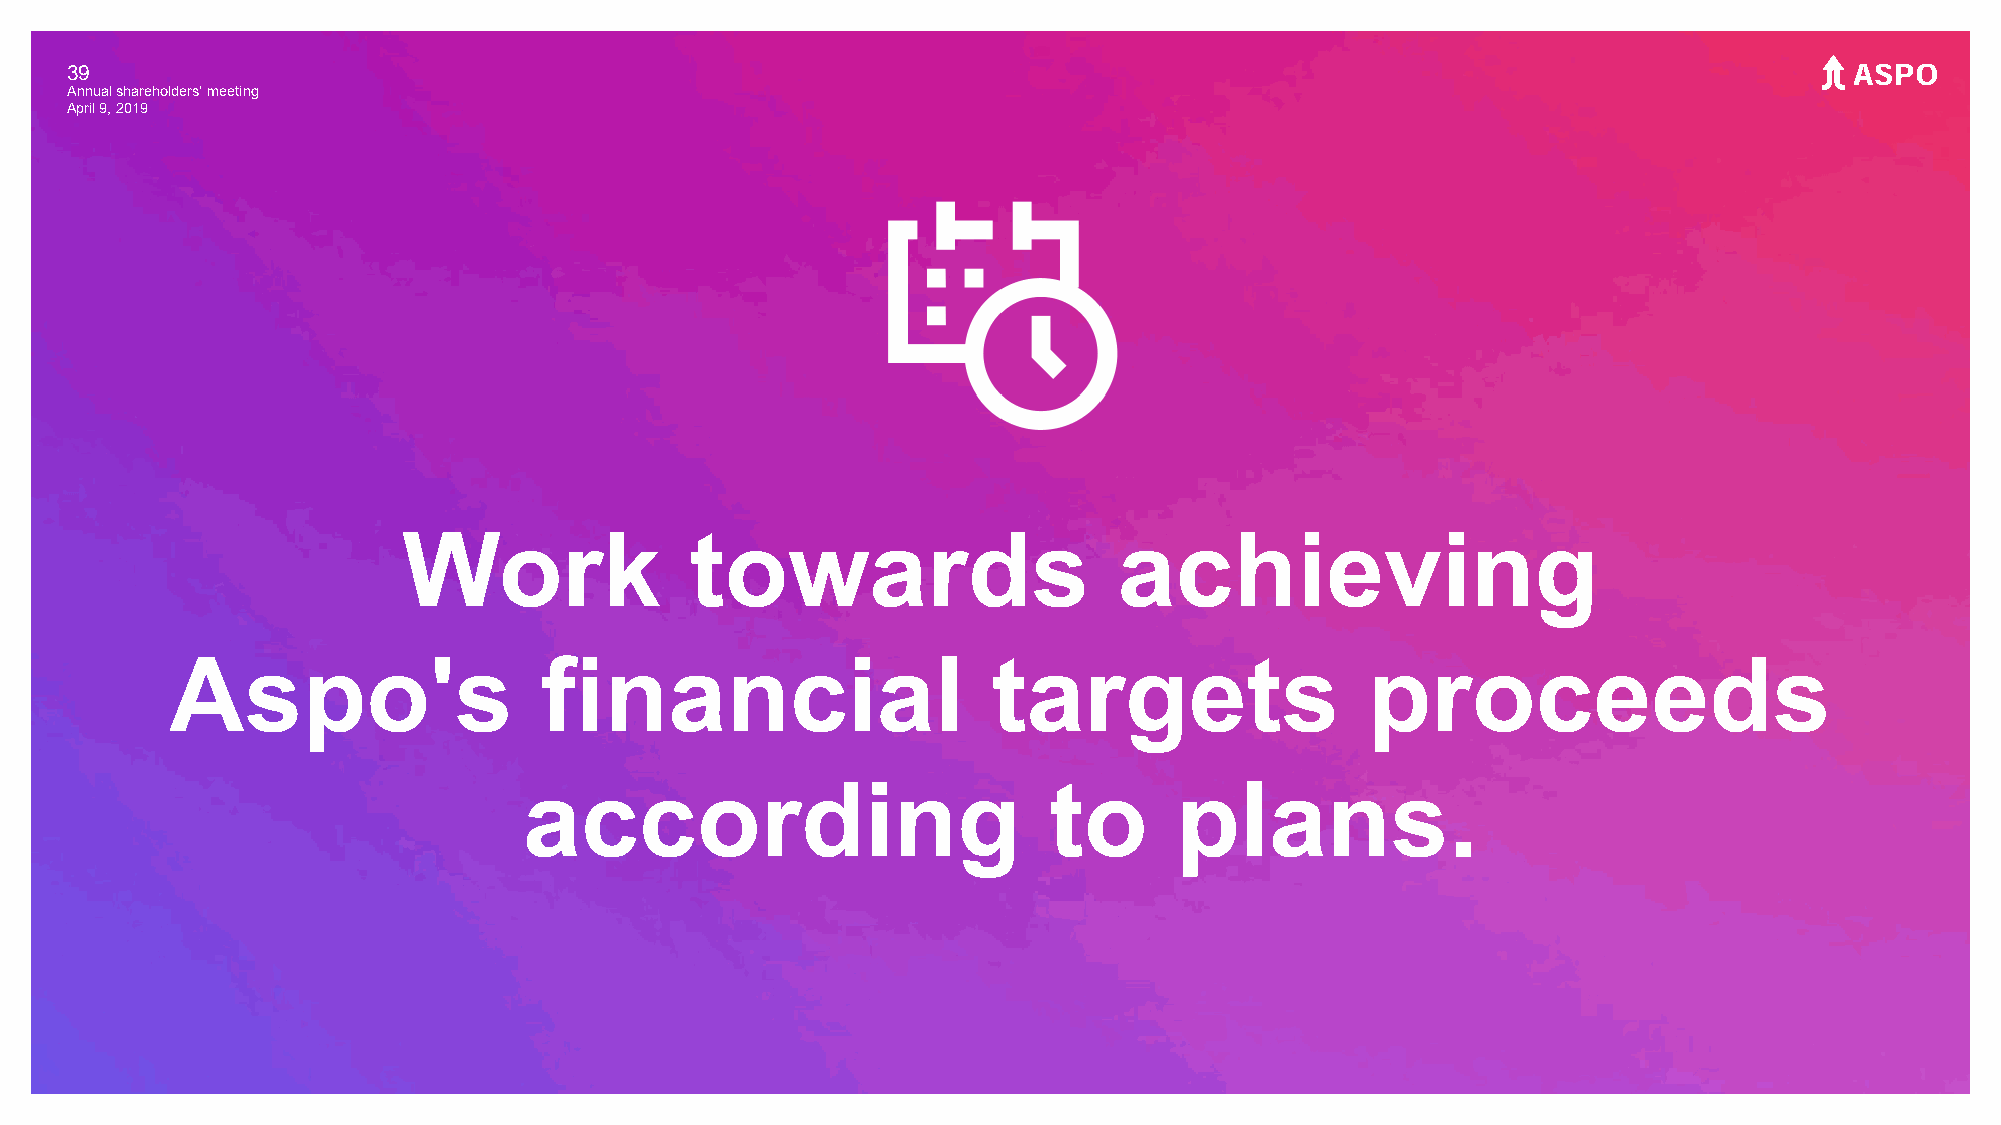
39
 Annual shareholders' meeting
 April 9, 2019
 Work               towards                     achieving
 Aspo's                   financial                     targets                 proceeds
 according                         to       plans.